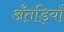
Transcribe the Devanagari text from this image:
अँतड़ियाँ